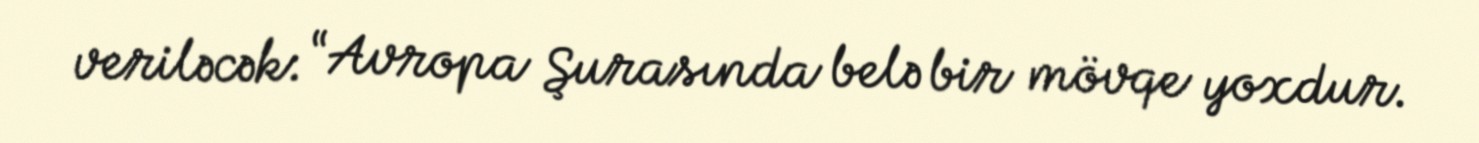
veriləcək: “Avropa Şurasında belə bir mövqe yoxdur.